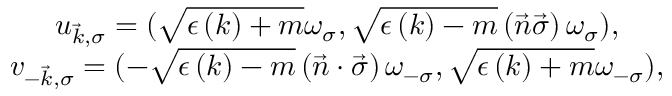
\begin{array} { c } { { u _ { \vec { k } , \sigma } = ( \sqrt { \epsilon \left( k \right) + m } \omega _ { \sigma } , \sqrt { \epsilon \left( k \right) - m } \left( \vec { n } \vec { \sigma } \right) \omega _ { \sigma } ) , } } \\ { { v _ { - \vec { k } , \sigma } = ( - \sqrt { \epsilon \left( k \right) - m } \left( { \vec { n } } \cdot { \vec { \sigma } } \right) \omega _ { - \sigma } , \sqrt { \epsilon \left( k \right) + m } \omega _ { - \sigma } ) , } } \end{array}